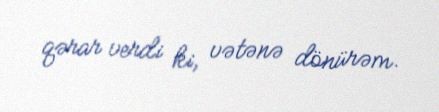
qərar verdi ki, vətənə dönürəm.